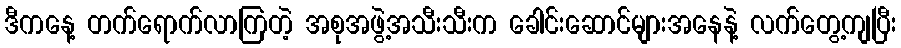
ဒီကနေ့ တက်ရောက်လာကြတဲ့ အစုအဖွဲ့အသီးသီးက ခေါင်းဆောင်များအနေနဲ့ လက်တွေ့ကျပြီး